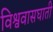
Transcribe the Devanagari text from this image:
विश्ववासघाती